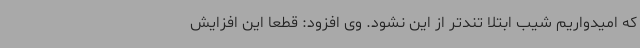
که امیدواریم شیب ابتلا تندتر از این نشود. وی افزود: قطعا این افزایش